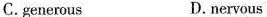
C.generous D.nervous